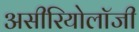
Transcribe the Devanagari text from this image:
असीरियोलॉजी